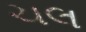
ચલ